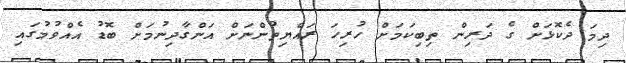
ދިމަ ދެކޮޅަށް ގެ ދަރިން ތިބިކަމަށް ހުރިހަ ރައްޔިތުންނަށް އަންގާދިނުމަށް ބޮޑު އެއްވުމުގައި